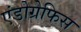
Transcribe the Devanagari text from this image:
एंडोग्रेफिस